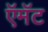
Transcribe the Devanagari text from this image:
ऍमॅट